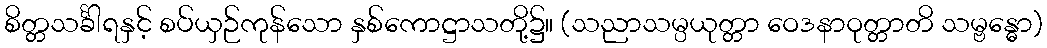
စိတ္တသင်္ခါရနှင့် စပ်ယှဉ်ကုန်သော နှစ်ကောဋ္ဌာသတို့၌။ (သညာသမ္ပယုတ္တာ ဝေဒနာဝုတ္တာတိ သမ္ဗန္ဓော)